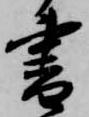
書